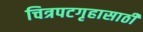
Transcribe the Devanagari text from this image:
चित्रपटगृहासाठी